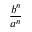
\frac { b ^ { n } } { a ^ { n } }